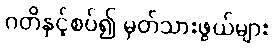
ဂတိနှင့်စပ်၍ မှတ်သားဖွယ်များ